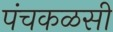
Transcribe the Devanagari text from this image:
पंचकळसी